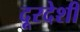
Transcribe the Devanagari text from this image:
दूरदेशी